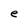
Character: e